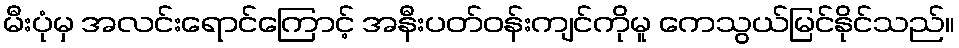
မီးပုံမှ အလင်းရောင်ကြောင့် အနီးပတ်ဝန်းကျင်ကိုမူ ကေသွယ်မြင်နိုင်သည်။